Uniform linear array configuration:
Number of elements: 24
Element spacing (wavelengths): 1
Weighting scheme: hann
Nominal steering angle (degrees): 0
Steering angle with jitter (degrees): -1.754
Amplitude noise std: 0.05
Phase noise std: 0.05

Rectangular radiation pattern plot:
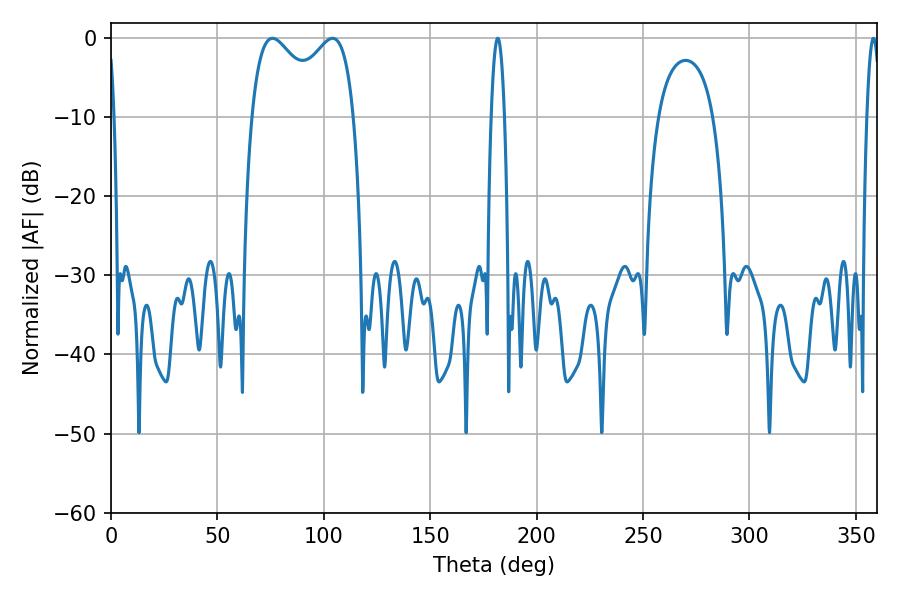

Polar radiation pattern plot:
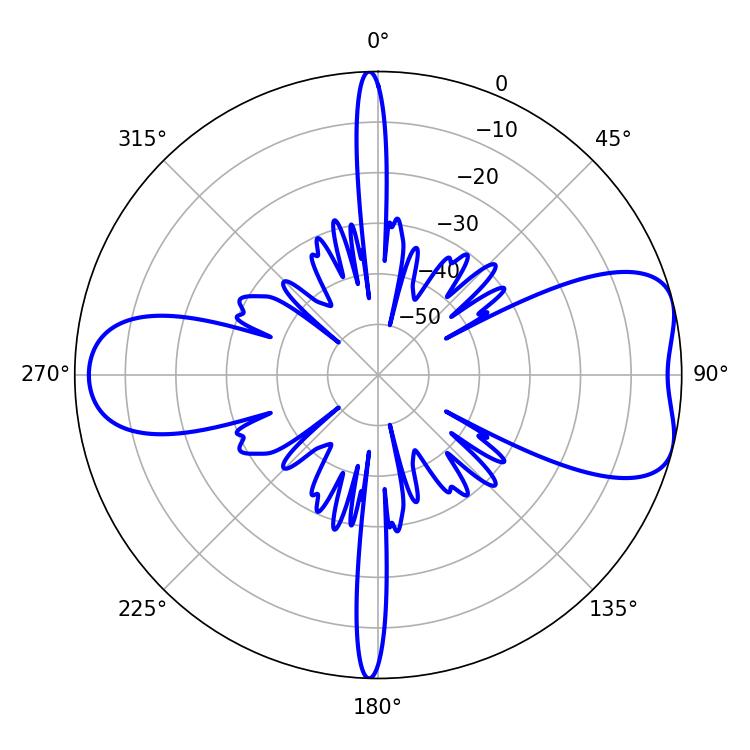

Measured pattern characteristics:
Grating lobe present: TRUE
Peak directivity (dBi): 7.1
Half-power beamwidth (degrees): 40.32
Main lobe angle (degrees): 75.96